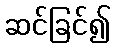
ဆင်ခြင်၍